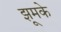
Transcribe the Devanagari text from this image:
झूमके